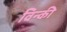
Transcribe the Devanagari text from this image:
विन्की